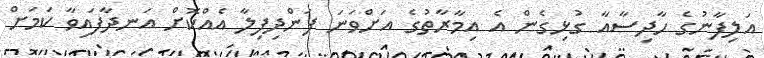
އަލިފާނުގެ ހާދިސާއާ ގުޅިގެން އެ އިމާރާތުގެ އަށްވަނަ ފަންދިފިލާ އެއްކޮށް އަނދާފައިވާ ކަމަށް